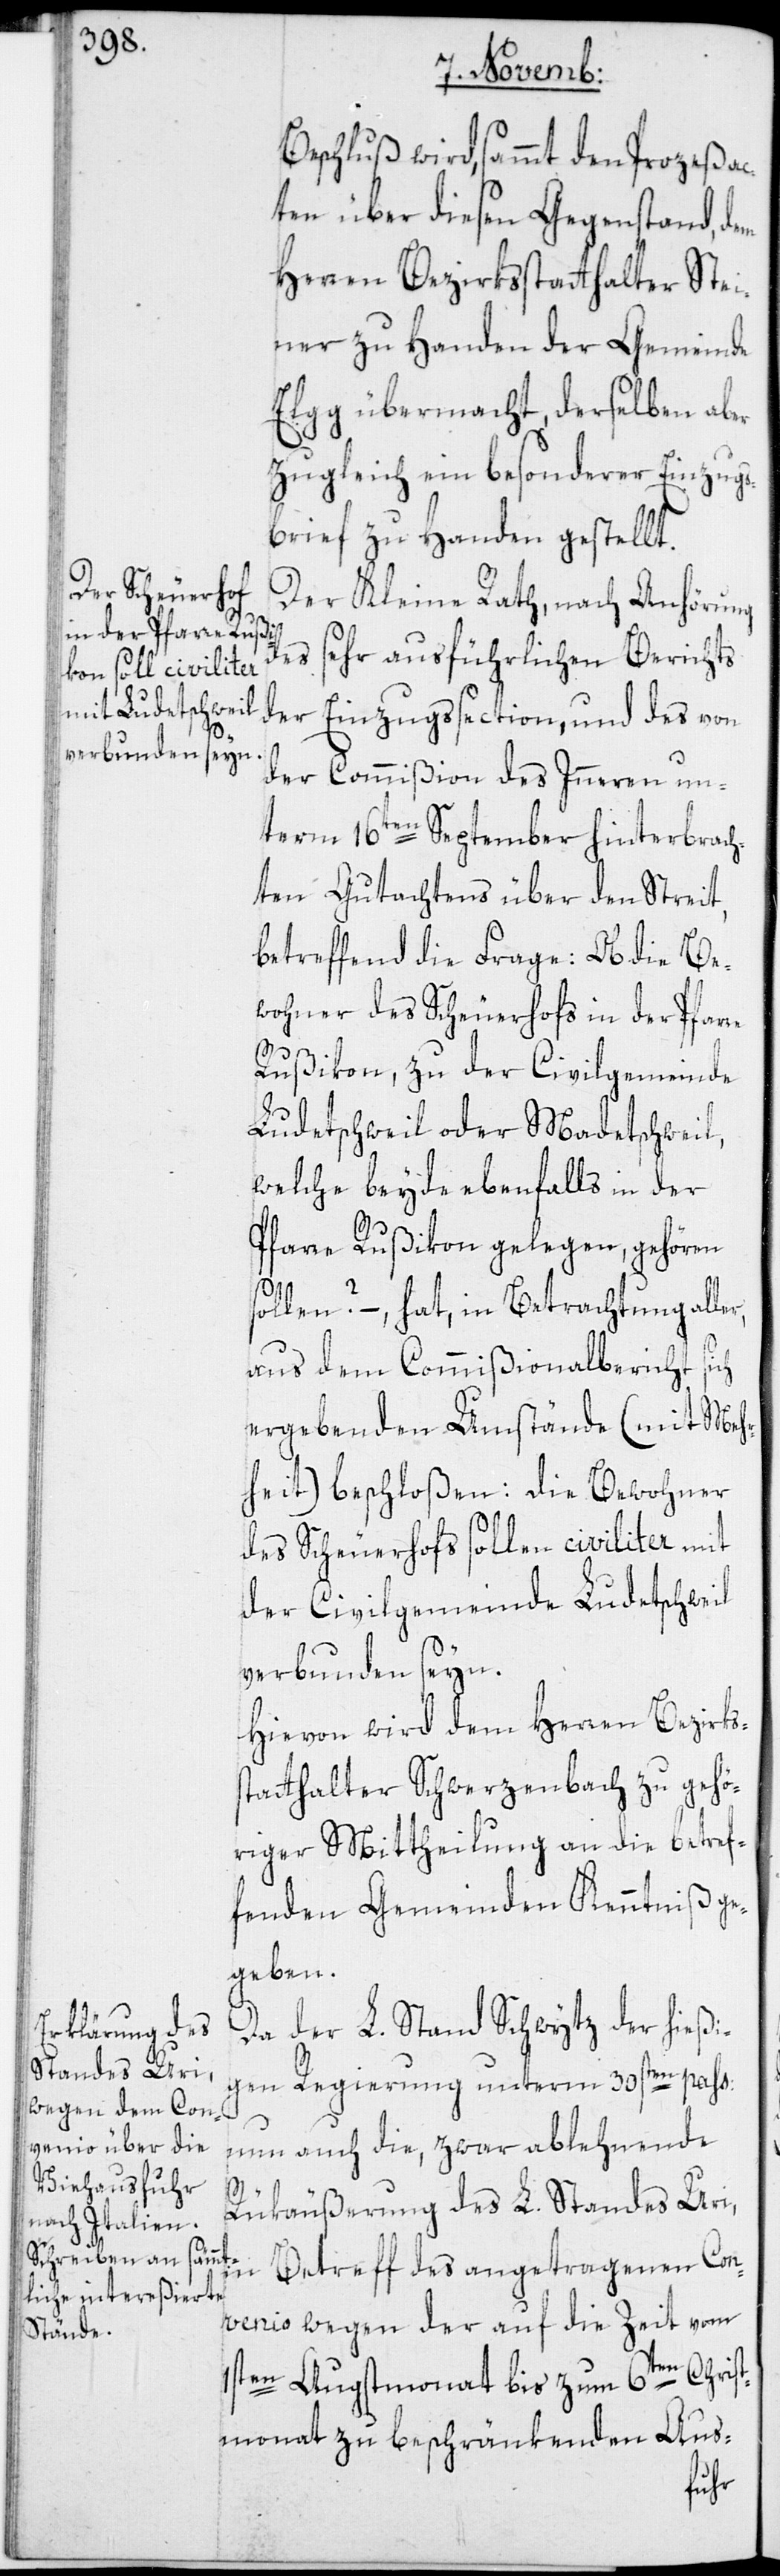
s¬

Beschluß wird, sammt den Prozeßac¬
ten über diesen Gegenstand, dem
Herren Bezirksstatthalter Stei¬
ner zu Handen der Gemeinde
Elgg übermacht, derselben aber
zugleich ein besonderer Einzugs¬
brief zu Handen gestellt.
Der Kleine Rath, nach Anhörung
des sehr ausführlichen Berichts
der Einzugssection, und des von
der Commißion des Inneren un¬
term 16ten September hinterbrach¬
ten Gutachtens über den Streit,
betreffend die Frage: Ob die Be¬
wohner des Scheuerhofs in der Pfarre
Rußikon, zu der Civilgemeinde
Ludetschweil oder Madetschweil,
welche beyde ebenfalls in der
Pfarre Rußikon gelegen, gehören
ollen? –, hat, in Betrachtung alle¬
aus dem Commißionalbericht sich
ergebenden Umstände (mit Meh¬
rheit) beschloßen: Die Bewohner
des Scheuerhofs sollen civiliter mit
der Civilgemeinde Ludetschweil
verbunden seyn.
Hievon wird dem Herren Bezirks¬
tatthalter Schwerzenbach zu gehö¬
riger Mittheilung an die betref¬
fenden Gemeinden Kenntniß ge¬
geben.
Da der L. Stand Schwytz der hießi¬
gen Regierung unterm 30sten pass:
nun auch die, zwar ablehnende
Rükäußerung des L. Standes Uri,
in Betreff des angetragenen Con¬
venio wegen der auf die Zeit vom
1sten Augstmonat bis zum 6ten Chris¬
tmonat zu beschränkenden Aus-